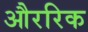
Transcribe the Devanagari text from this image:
औररिक